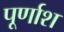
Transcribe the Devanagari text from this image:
पूर्णाश